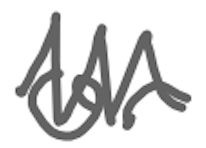
Text: or
Cross-out: zig-zag
Writing tool: digital_gray